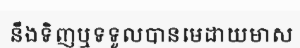
នឹងទិញឬទទួលបានមេដាយមាស